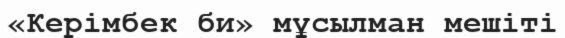
«Керімбек би» мұсылман мешіті